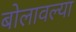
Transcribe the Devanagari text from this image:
बोलावल्या